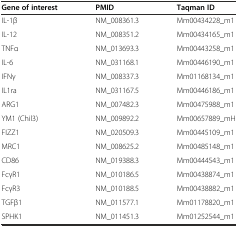
<table><thead><tr><td><b>Gene of interest</b></td><td><b>PMID</b></td><td><b>Taqman ID</b></td></tr></thead><tbody><tr><td>IL-1β</td><td>NM_008361.3</td><td>Mm00434228_m1</td></tr><tr><td>IL-12</td><td>NM_008351.2</td><td>Mm00434165_m1</td></tr><tr><td>TNFα</td><td>NM_013693.3</td><td>Mm00443258_m1</td></tr><tr><td>IL-6</td><td>NM_031168.1</td><td>Mm00446190_m1</td></tr><tr><td>IFNγ</td><td>NM_008337.3</td><td>Mm01168134_m1</td></tr><tr><td>IL1ra</td><td>NM_031167.5</td><td>Mm00446186_m1</td></tr><tr><td>ARG1</td><td>NM_007482.3</td><td>Mm00475988_m1</td></tr><tr><td>YM1 (Chil3)</td><td>NM_009892.2</td><td>Mm00657889_mH</td></tr><tr><td>FIZZ1</td><td>NM_020509.3</td><td>Mm00445109_m1</td></tr><tr><td>MRC1</td><td>NM_008625.2</td><td>Mm00485148_m1</td></tr><tr><td>CD86</td><td>NM_019388.3</td><td>Mm00444543_m1</td></tr><tr><td>FcγR1</td><td>NM_010186.5</td><td>Mm00438874_m1</td></tr><tr><td>FcγR3</td><td>NM_010188.5</td><td>Mm00438882_m1</td></tr><tr><td>TGFβ1</td><td>NM_011577.1</td><td>Mm01178820_m1</td></tr><tr><td>SPHK1</td><td>NM_011451.3</td><td>Mm01252544_m1</td></tr></tbody></table>